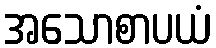
အသောစာပယံ